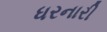
ધરનારી